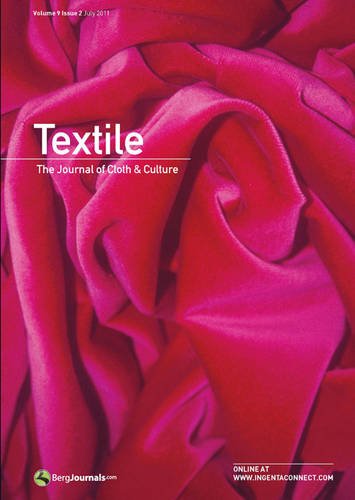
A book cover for Textile Volume 9 Issue 2: The Journal of Cloth & Culture; Catherine Harper; Crafts, Hobbies & Home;